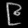
Digit: ၉